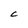
Character: C